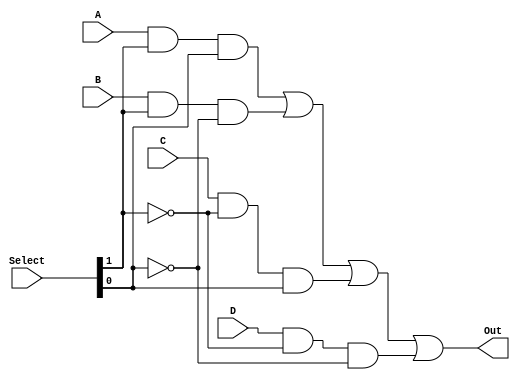
`timescale 1ns / 1ps
module Mux4x1(
    input A,
    input B,
    input C,
    input D,
    input [1:0] Select,
    output Out
    );
    assign Out = (A & Select[1] & Select[0]) | (B & Select[1] & ~Select[0])
                 | (C & ~Select[1] & Select[0]) | (D & ~Select[1] & ~Select[0]);
endmodule